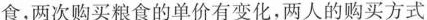
食，两次购买粮食的单价有变化，两人的购买方式